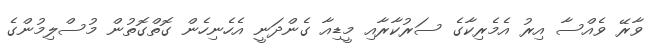
ވާރޭ ވެއްސާ އިރު އެމެރިކާގެ ސަރުކާރާއި މީޑިއާ ގެންދަނީ އެހެނިހެން ގޮތްގޮތުން މުސްލިމުންގެ